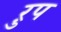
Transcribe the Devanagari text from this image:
ऱुप